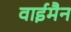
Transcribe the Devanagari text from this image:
वाईमैन